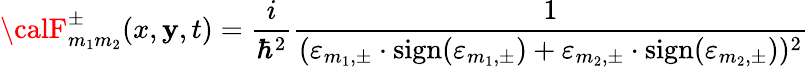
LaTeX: {\calF}_{m_{1}m_{2}}^{\pm}(x,\mathbf{y},t)=\frac{{i}}{{{\hbar}^{2}}}\frac{{1}}{{({\varepsilon}_{m_{1},\pm}\cdot\mathrm{{sign}}({\varepsilon}_{m_{1},\pm})+{\varepsilon}_{m_{2},\pm}\cdot\mathrm{{sign}}({\varepsilon}_{m_{2},\pm}))^{2}}}